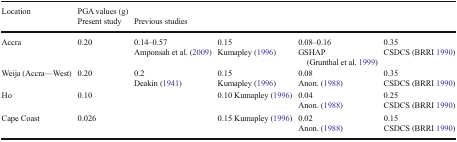
<table><thead><tr><td rowspan="2"><b>Location</b></td><td><b>PGA values (g)</b></td><td></td><td></td><td></td><td></td></tr><tr><td><b>Present study</b></td><td><b>Previous studies</b></td><td></td><td></td><td></td></tr></thead><tbody><tr><td>Accra</td><td>0.20</td><td>0.14–0.57Amponsah et al. (2009)</td><td>0.15Kumapley (1996)</td><td>0.08–0.16GSHAP (Grunthal et al. 1999)</td><td>0.35CSDCS (BRRI 1990)</td></tr><tr><td>Weija (Accra—West)</td><td>0.20</td><td>0.2Deakin (1941)</td><td>0.15Kumapley (1996)</td><td>0.08Anon. (1988)</td><td>0.35CSDCS (BRRI 1990)</td></tr><tr><td>Ho</td><td>0.10</td><td></td><td>0.10 Kumapley (1996)</td><td>0.04Anon. (1988)</td><td>0.25CSDCS (BRRI 1990)</td></tr><tr><td>Cape Coast</td><td>0.026</td><td></td><td>0.15 Kumapley (1996)</td><td>0.02Anon. (1988)</td><td>0.15CSDCS (BRRI 1990)</td></tr></tbody></table>